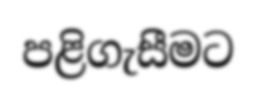
පළිගැසීමට